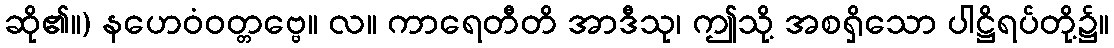
ဆို၏။) နဟေဝံဝတ္တဗ္ဗေ။ လ။ ကာရေတီတိ အာဒီသု၊ ဤသို့ အစရှိသော ပါဋ္ဌိရပ်တို့၌။